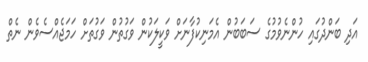
އަދި ބަންދުގައި ހުންނެވުމުގެ ސަބަބުން އެމަނިކުފާނަށް ވަކީލަކުން ވަގުތުން ވަގުތަށް ހަމަޖެއްސެވެން ނެތް